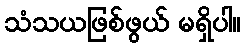
သံသယဖြစ်ဖွယ် မရှိပါ။